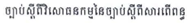
ច្បាប់ស្តីពីវិសោធនកម្មនៃច្បាប់ស្តីពិសារពើពន្ធ